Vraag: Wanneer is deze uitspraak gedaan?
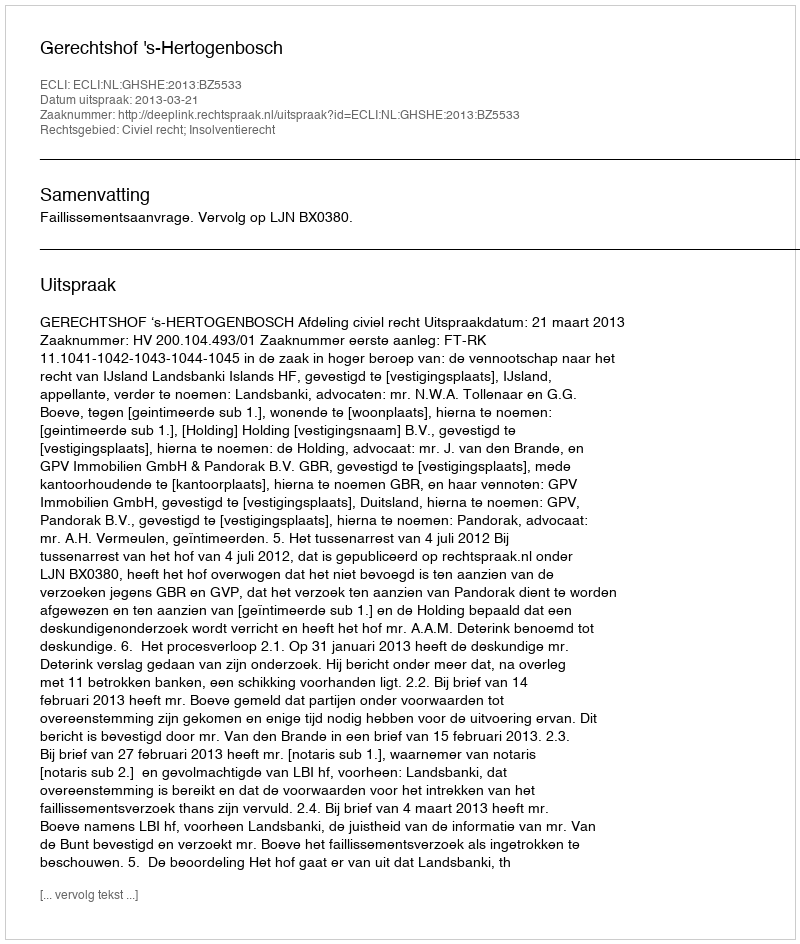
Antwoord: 2013-03-21